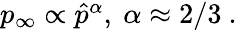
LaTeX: \begin{array}{r}{p_{\infty}\propto\hat{p}^{\alpha},\ \alpha\approx 2/3\ .}\end{array}